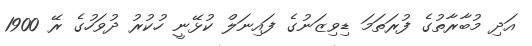
އަދި މުބާރާތުގެ ފުރަތަމަ ޑިވިޒަނުގެ ފައިނަލް ކުޅޭނީ ހުކުރު ދުވަހުގެ ރޭ 1900